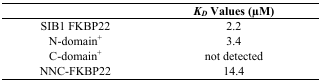
<table><thead><tr><td></td><td><b><i>K<sub>D</sub></i> Values (μM)</b></td></tr></thead><tbody><tr><td>SIB1 FKBP22</td><td>2.2</td></tr><tr><td>N-domain<sup>+</sup></td><td>3.4</td></tr><tr><td>C-domain<sup>+</sup></td><td>not detected</td></tr><tr><td>NNC-FKBP22</td><td>14.4</td></tr></tbody></table>